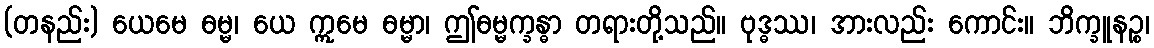
(တနည်း) ယေမေ ဓမ္မ၊ ယေ ဣမေ ဓမ္မာ၊ ဤဓမ္မက္ခန္ဓာ တရားတို့သည်။ ဗုဒ္ဓဿ၊ အားလည်း ကောင်း။ ဘိက္ခူနဉ္စ၊